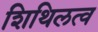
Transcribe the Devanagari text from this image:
शिथिलत्व